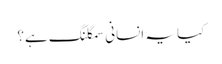
کیا یہ انسانی سمگلنگ ہے؟